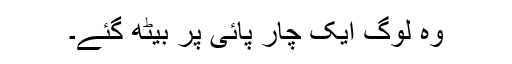
وہ لوگ ایک چار پائی پر بیٹھ گئے۔